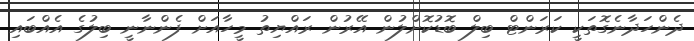
ދެންހަދާނެގޮތަކީ ކަރަންޓް ބިލް ބޮޑުކޮށްލުން އޭރުން ރައްޔިތު މީހާއަށް ފެންނާނީ ބިލުގެ އެއްބައި